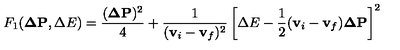
F _ { 1 } ( { \bf \Delta P } , \Delta E ) = \frac { ( { \bf \Delta P } ) ^ { 2 } } { 4 } + \frac { 1 } { ( { \bf v } _ { i } - { \bf v } _ { f } ) ^ { 2 } } \left[ \Delta E - \frac { 1 } { 2 } ( { \bf v } _ { i } - { \bf v } _ { f } ) { \bf \Delta P } \right] ^ { 2 }